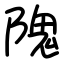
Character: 隗